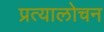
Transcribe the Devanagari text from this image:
प्रत्यालोचन